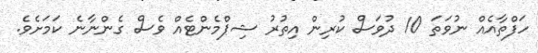
ހަފްތާއެއް ނުވަތަ 10 ދުވަސް ކުރިން އިތުރު ޝިޕްމެންޓެއް ވެސް ގެންނާނެ ކަމަށެވެ.